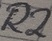
Text: R2